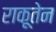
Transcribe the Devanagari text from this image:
राकूतेन